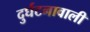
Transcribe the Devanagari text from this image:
दुर्घटनावाली